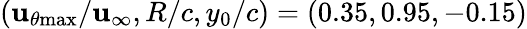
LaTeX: (\mathbf{u}_{\theta\mathrm{{{max}}}}/\mathbf{u}_{\infty},R/c,y_{0}/c)=(0.35,0.95,-0.15)